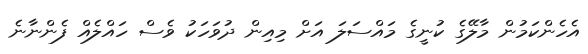
އެހެންކަމުން މާލޭގެ ކުނީގެ މައްސަލަ އަށް މިއިން ދުވަހަކު ވެސް ހައްލެއް ފެންނާނެ